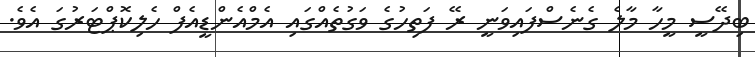
ބިދޭސީ މީހާ މާލެ ގެނެސްފައިވަނީ ރޭ ފަތިހުގެ ވަގުތެއްގައި އެމްއެންޑީއެފް ހެލިކޮޕްޓަރުގަ އެވެ.